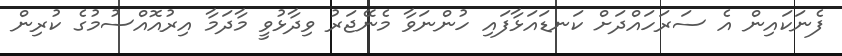
ފެނަކައިން އެ ސަރަހައްދަށް ކަނޑައަޅާފައި ހުންނަވާ މެނޭޖަރު ވިދާޅުވީ މާދަމާ އިރުއޮއްސުމުގެ ކުރިން